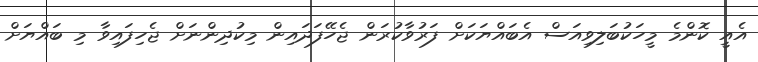
އެއީ ކޮންމެ މީހަކުބަލިވިއަސް އެބައްޔަކަށް ފަރުވާކުރަން ޖެހޭފަދައިން މިކުދިންނަށް ޖެހިފައިވާ މި ބައްޔަށް